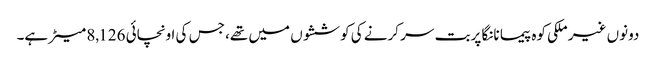
دونوں غیر ملکی کوہ پیما نانگا پربت سر کرنے کی کوششوں میں تھے، جس کی اونچائی 8,126 میٹر ہے۔